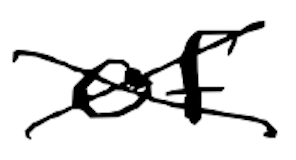
Text: of
Cross-out: cross
Writing tool: digital_black